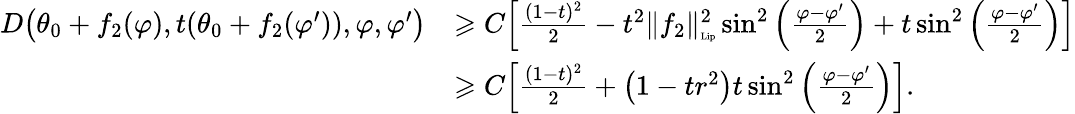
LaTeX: \begin{array}{rl}{D\big(\theta_{0}+f_{2}(\varphi),t(\theta_{0}+f_{2}(\varphi^{\prime})),\varphi,\varphi^{\prime}\big)}&{\geqslant C\Big[\frac{(1-t)^{2}}{2}-t^{2}\| f_{2}\| _{\textnormal{\tiny{Lip}}}^{2}\sin^{2}\left(\frac{\varphi-\varphi^{\prime}}{2}\right)+t\sin^{2}\left(\frac{\varphi-\varphi^{\prime}}{2}\right)\Big]}\\ &{\geqslant C\Big[\frac{(1-t)^{2}}{2}+\big(1-tr^{2}\big)t\sin^{2}\left(\frac{\varphi-\varphi^{\prime}}{2}\right)\Big].}\end{array}